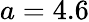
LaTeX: a=4.6